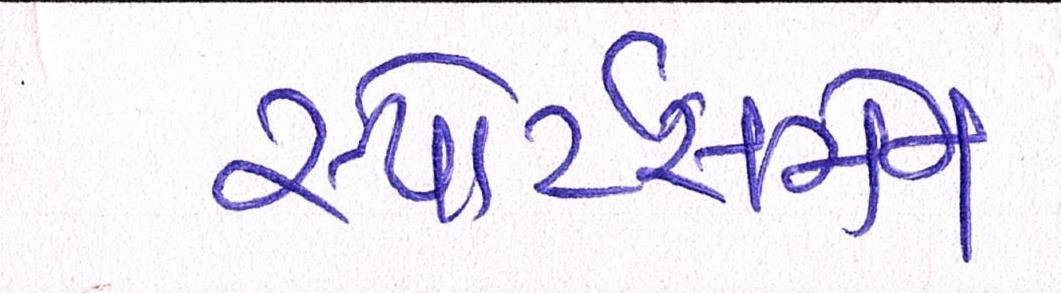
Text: સ્પોર્ટસમેન